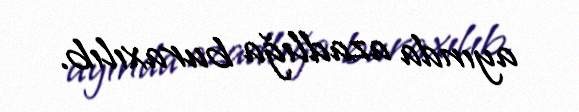
ayında azadlığa buraxılıb.